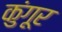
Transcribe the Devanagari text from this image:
कुंगूर